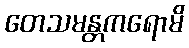
တေသမန္တကရောမိ